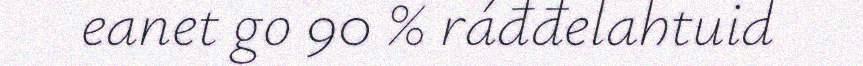
eanet go 90 % ráđđelahtuid